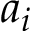
a _ { i }